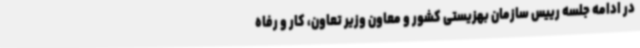
در ادامه جلسه رییس سازمان بهزیستی کشور و معاون وزیر تعاون، کار و رفاه